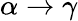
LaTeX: \alpha\to\gamma